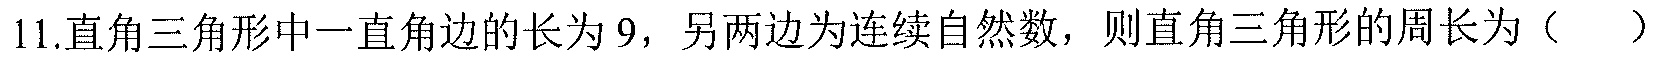
11.直角三角形中一直角边的长为9，另两边为连续自然数，则直角三角形的周长为（  ）